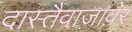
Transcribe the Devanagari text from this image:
दास्तैवाजावर